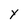
Character: Y